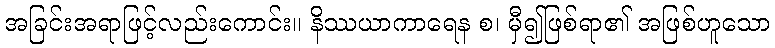
အခြင်းအရာဖြင့်လည်းကောင်း။ နိဿယာကာရေန စ၊ မှီ၍ဖြစ်ရာ၏ အဖြစ်ဟူသော